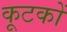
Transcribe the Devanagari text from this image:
कूटकों